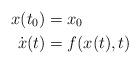
LaTeX: \begin{align*}x(t_0) &= x_0 \\\dot x(t) &= f(x(t),t)\end{align*}